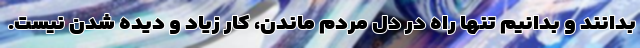
بدانند و بدانیم تنها راه در دل مردم ماندن، کار زیاد و دیده شدن نیست.